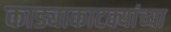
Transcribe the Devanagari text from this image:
काड्याकाटक्यांच्या